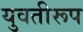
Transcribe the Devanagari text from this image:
युवतीरूप